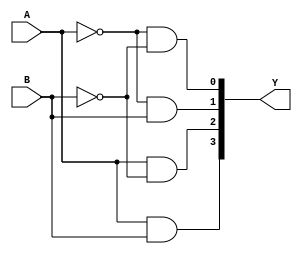
module Decoder2x4 (
    input A,
    input B,
    output [3:0] Y
);

assign Y[0] = (~A) & (~B);
assign Y[1] = (~A) & B;
assign Y[2] = A & (~B);
assign Y[3] = A & B;

endmodule